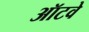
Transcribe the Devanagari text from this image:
ऑटवे